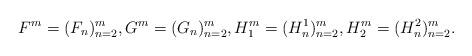
LaTeX: \begin{align*}F^m=(F_n)_{n=2}^m,G^m=(G_n)_{n=2}^m,H^m_1=(H^1_n)_{n=2}^m,H^m_2=(H^2_n)_{n=2}^m.\end{align*}